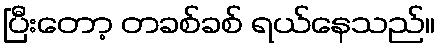
ပြီးတော့ တခစ်ခစ် ရယ်နေသည်။